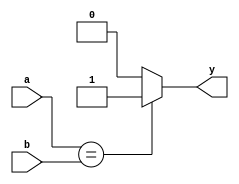
`timescale 1ns / 1ps
module equalcmp # (parameter N = 32)
               (input [N-1:0] a, b,
                output y);
    assign #1  y = (a == b)? 1 : 0;
endmodule // equalcmp
//
//